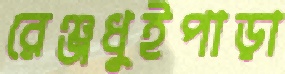
রেঞ্জধুইপাড়া